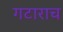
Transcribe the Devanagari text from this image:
गटाराच